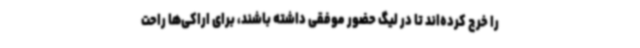
را خرج کرده‌اند تا در لیگ حضور موفقی داشته باشند، برای اراکی‌ها راحت